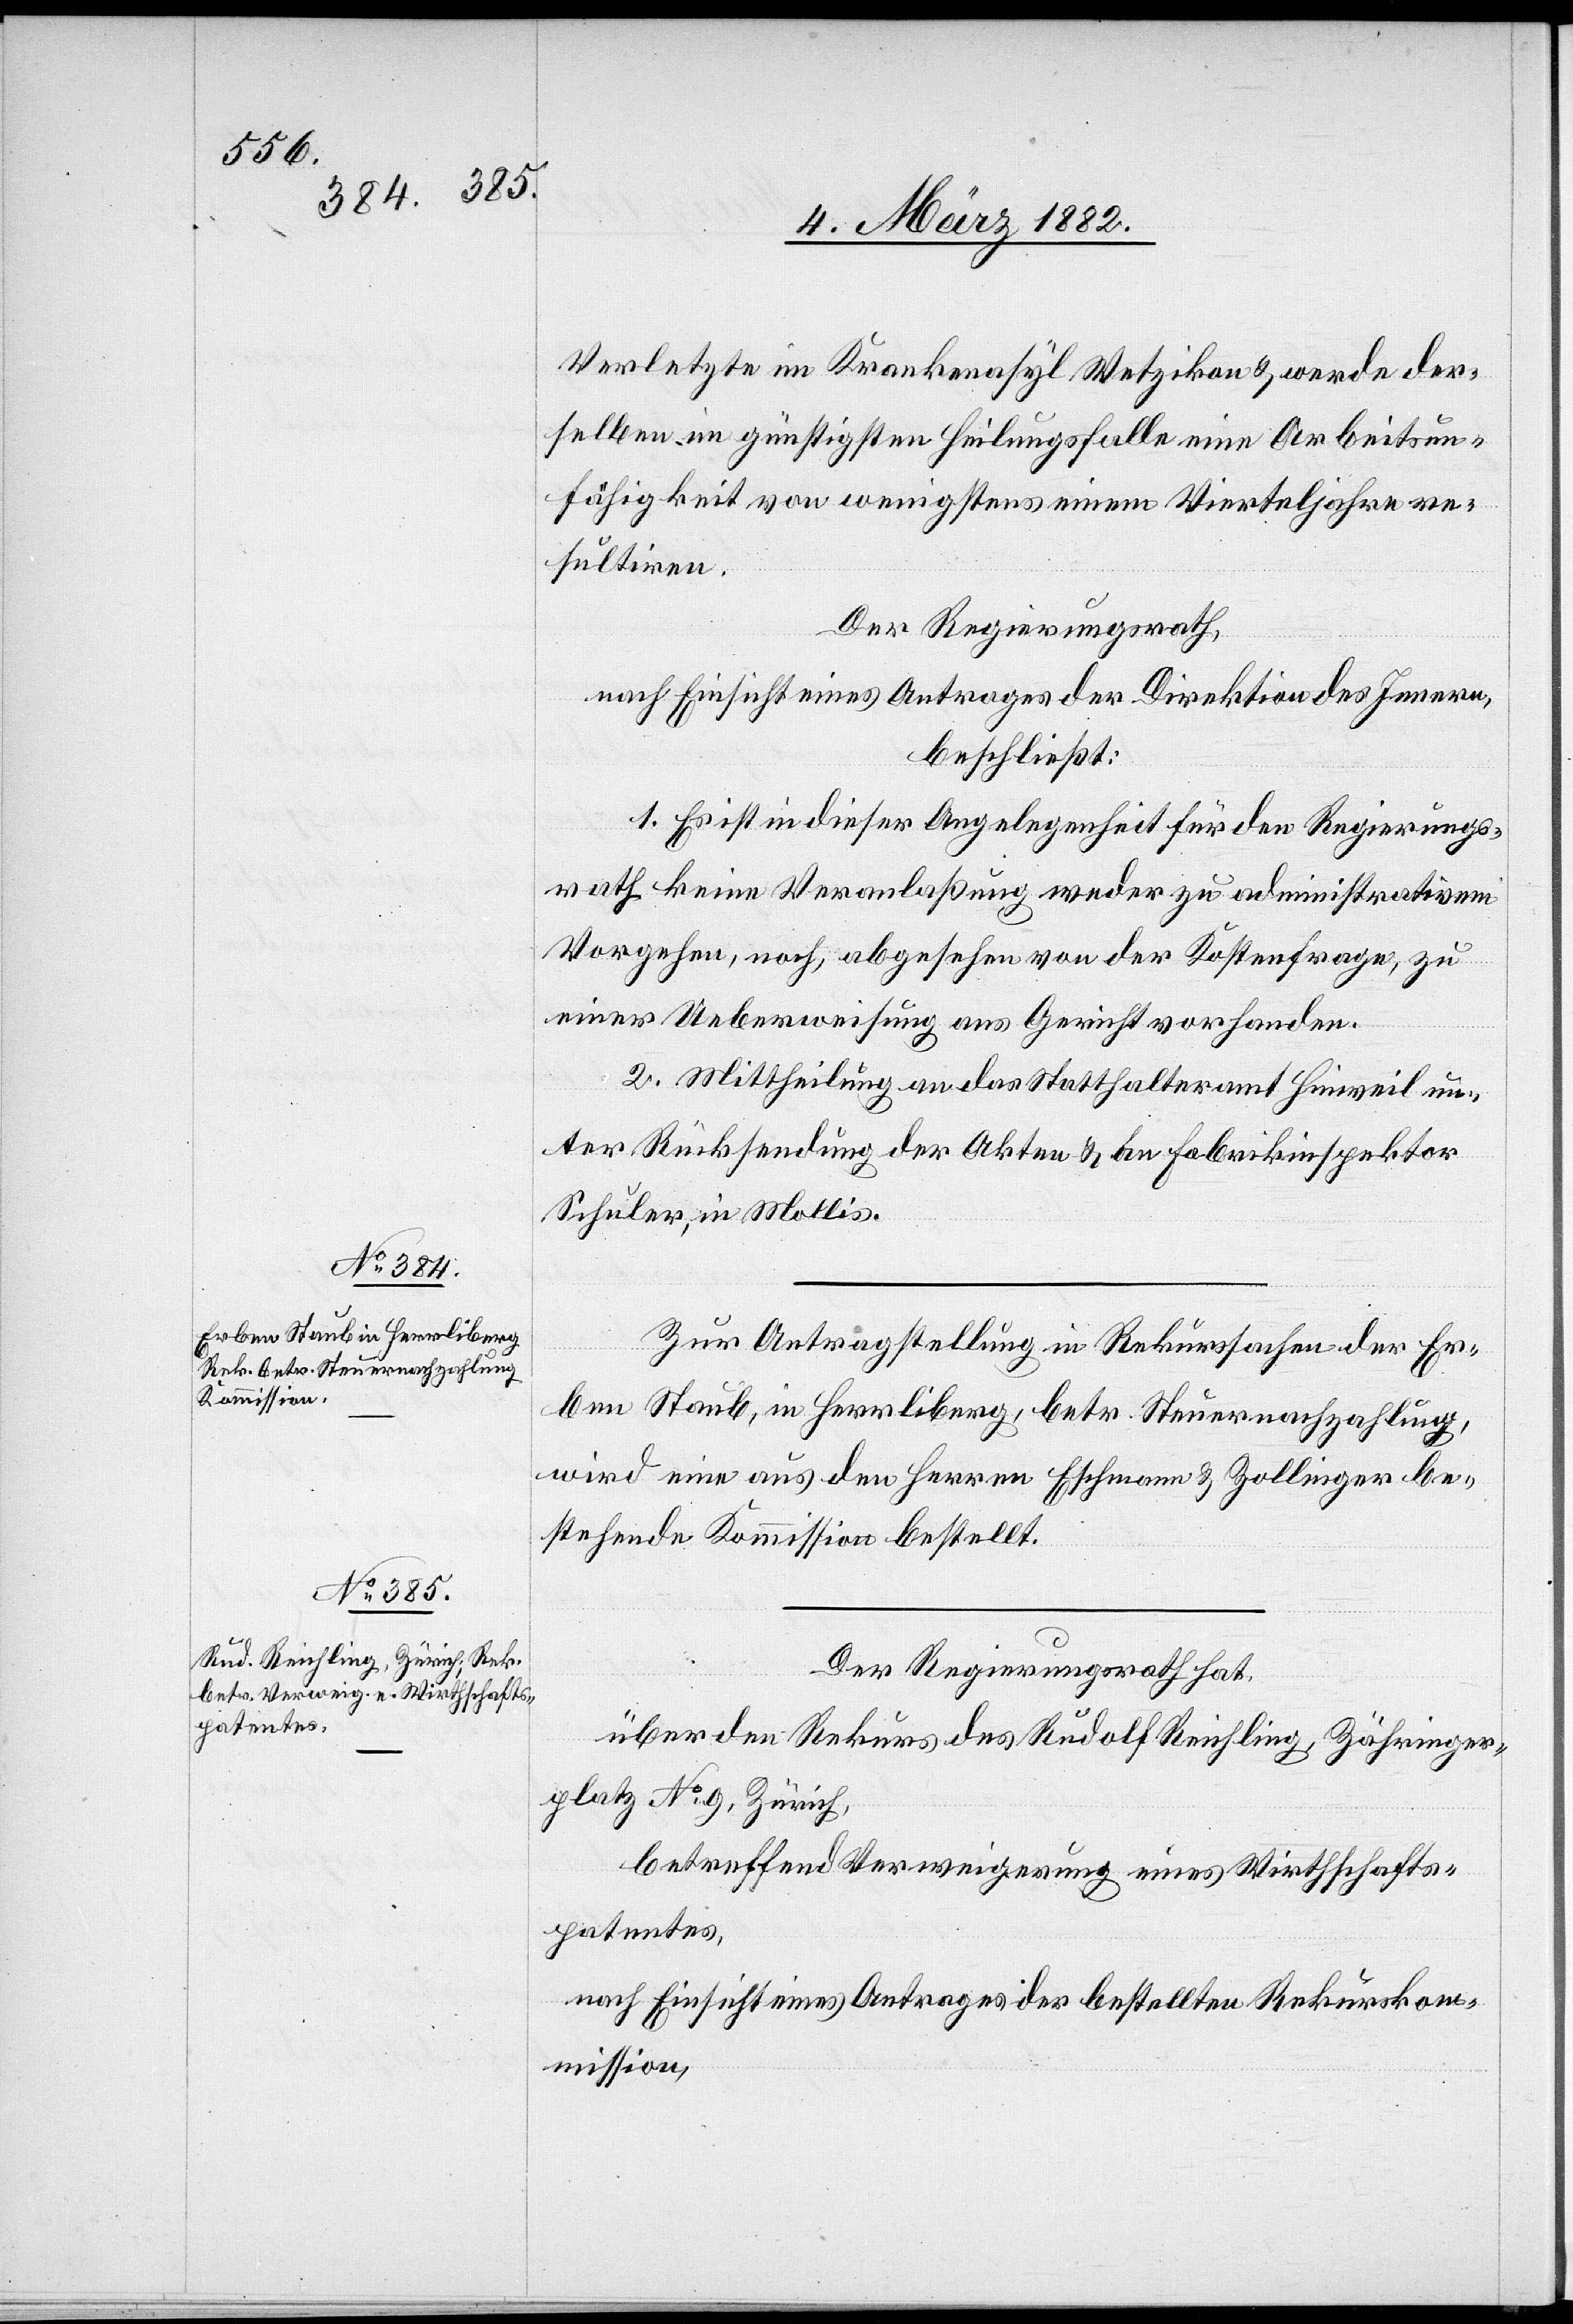
Verletzte im Krankenasyl Wetzikon & werde der¬
selben im günstigsten Heilungsfalle eine Arbeitsun¬
fähigkeit von wenigstens einem Vierteljahre re¬
sultiren.
Der Regierungsrath,
nach Einsicht eines Antrages der Direktion des Innern,
beschließt:
1. Es ist in dieser Angelegenheit für den Regierungs¬
rath keine Veranlaßung weder zu administrativem
Vorgehen, noch, abgesehen von der Kostenfrage, zu
einer Ueberweisung ans Gericht vorhanden.
2. Mittheilung an das Statthalteramt Hinweil un¬
ter Rücksendung der Akten & an Fabrikinspektor
Schuler, in Mollis.
Zur Antragstellung in Rekurssachen der Er¬
ben Staub, in Herrliberg, betr. Steuernachzahlung,
wird eine aus den Herren Eschmann & Zollinger be¬
stehende Kommission bestellt.
Der Regierungsrath hat,
über den Rekurs des Rudolf Reichling, Zähringer¬
platz No 9, Zürich,
betreffend Verweigerung eines Wirtschafts¬
patentes,
nach Einsicht eines Antrages der bestellten Rekurskom¬
mission,